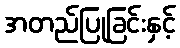
အတည်ပြုခြင်းနှင့်